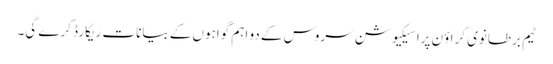
ٹیم برطانوی کراؤن پراسیکیوشن سروس کے دو اہم گواہوں کے بیانات ریکارڈ کرے گی۔